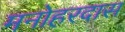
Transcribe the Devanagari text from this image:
मनोहरदास